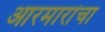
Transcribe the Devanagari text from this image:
आरमारांचा